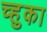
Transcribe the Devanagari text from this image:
च्हुका